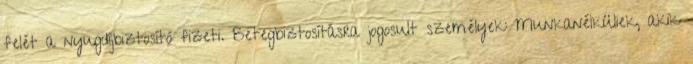
felét a nyugdíjbiztosító fizeti. Betegbiztosításra jogosult személyek: Munkanélküliek, akik